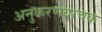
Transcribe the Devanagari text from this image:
अनुकरणवाचक